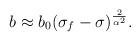
\begin{align*}{b\approx b_0(\sigma_f-\sigma)^{\frac{2}{\alpha^2}}.}\end{align*}